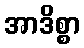
အာဒိစ္စာ